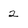
Character: 2